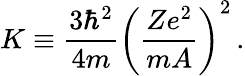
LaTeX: K\equiv\frac{3\hbar^{2}}{4m}\left(\frac{Ze^{2}}{mA}\right)^{2}\, {.}